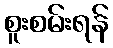
စူးစမ်းရန်